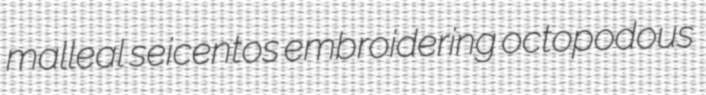
malleal seicentos embroidering octopodous